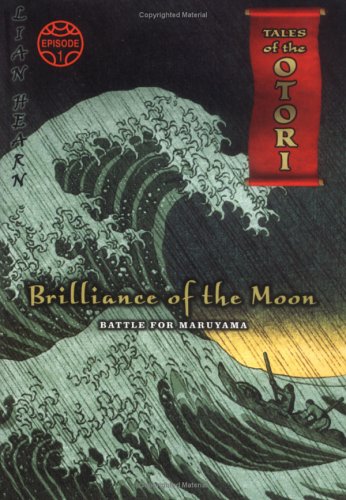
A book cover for Brilliance of the Moon, Episode 1: Battle for Maruyama (Tales of the Otori, Book 3); Lian Hearn; Teen & Young Adult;